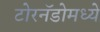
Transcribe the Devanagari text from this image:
टोरनॅडोमध्ये